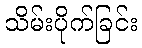
သိမ်းပိုက်ခြင်း